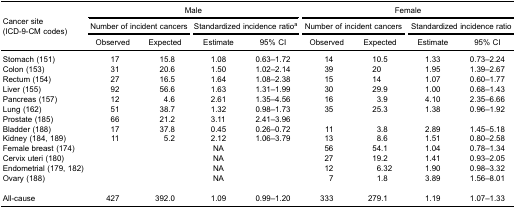
<table><thead><tr><td rowspan="5"><b>Cancer site(ICD-9-CM codes)</b></td><td colspan="4"><b>Male</b></td><td colspan="4"><b>Female</b></td></tr><tr><td colspan="2"><b>Number of incident cancers</b></td><td colspan="2"><b>Standardized incidence ratio<sup>a</sup></b></td><td colspan="2"><b>Number of incident cancers</b></td><td colspan="2"><b>Standardized incidence ratio</b></td></tr><tr><td><b>Observed</b></td><td><b>Expected</b></td><td><b>Estimate</b></td><td><b>95% CI</b></td><td><b>Observed</b></td><td><b>Expected</b></td><td><b>Estimate</b></td><td><b>95% CI</b></td></tr></thead><tbody><tr><td>Stomach (151)</td><td>17</td><td>15.8</td><td>1.08</td><td>0.63–1.72</td><td>14</td><td>10.5</td><td>1.33</td><td>0.73–2.24</td></tr><tr><td>Colon (153)</td><td>31</td><td>20.6</td><td>1.50</td><td>1.02–2.14</td><td>39</td><td>20</td><td>1.95</td><td>1.39–2.67</td></tr><tr><td>Rectum (154)</td><td>27</td><td>16.5</td><td>1.64</td><td>1.08–2.38</td><td>15</td><td>14</td><td>1.07</td><td>0.60–1.77</td></tr><tr><td>Liver (155)</td><td>92</td><td>56.6</td><td>1.63</td><td>1.31–1.99</td><td>30</td><td>29.9</td><td>1.00</td><td>0.68–1.43</td></tr><tr><td>Pancreas (157)</td><td>12</td><td>4.6</td><td>2.61</td><td>1.35–4.56</td><td>16</td><td>3.9</td><td>4.10</td><td>2.35–6.66</td></tr><tr><td>Lung (162)</td><td>51</td><td>38.7</td><td>1.32</td><td>0.98–1.73</td><td>35</td><td>25.3</td><td>1.38</td><td>0.96–1.92</td></tr><tr><td>Prostate (185)</td><td>66</td><td>21.2</td><td>3.11</td><td>2.41–3.96</td><td> </td><td> </td><td> </td><td> </td></tr><tr><td>Bladder (188)</td><td>17</td><td>37.8</td><td>0.45</td><td>0.26–0.72</td><td>11</td><td>3.8</td><td>2.89</td><td>1.45–5.18</td></tr><tr><td>Kidney (184, 189)</td><td>11</td><td>5.2</td><td>2.12</td><td>1.06–3.79</td><td>13</td><td>8.6</td><td>1.51</td><td>0.80–2.58</td></tr><tr><td>Female breast (174)</td><td> </td><td> </td><td>NA</td><td> </td><td>56</td><td>54.1</td><td>1.04</td><td>0.78–1.34</td></tr><tr><td>Cervix uteri (180)</td><td> </td><td> </td><td>NA</td><td> </td><td>27</td><td>19.2</td><td>1.41</td><td>0.93–2.05</td></tr><tr><td>Endometrial (179, 182)</td><td> </td><td> </td><td>NA</td><td> </td><td>12</td><td>6.32</td><td>1.90</td><td>0.98–3.32</td></tr><tr><td>Ovary (188)</td><td> </td><td> </td><td>NA</td><td> </td><td>7</td><td>1.8</td><td>3.89</td><td>1.56–8.01</td></tr><tr><td>All-cause</td><td>427</td><td>392.0</td><td>1.09</td><td>0.99–1.20</td><td>333</td><td>279.1</td><td>1.19</td><td>1.07–1.33</td></tr></tbody></table>